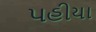
પહીયા